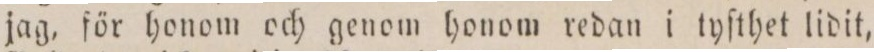
jag, för honom och genom honom redan i tyſthet lidit,